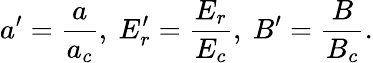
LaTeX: a^{\prime}=\frac{a}{a_{c}},\ E_{r}^{\prime}=\frac{E_{r}}{E_{c}},\ B^{\prime}=\frac{B}{B_{c}}.